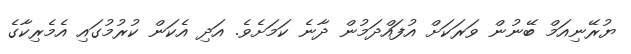
ޔުރޭނިއަމް ބޭނުން ވަރަކަށް އުފައްދަމުން ދާނެ ކަމަށެވެ. އަދި އެކަން ކުރުމުގައި އެމެރިކާގެ